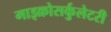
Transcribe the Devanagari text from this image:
माइक्रोसर्कुलेटरी